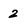
Character: 2